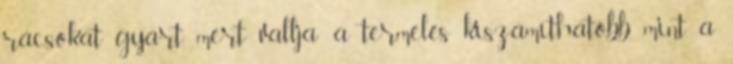
rácsokat gyárt, mert vallja: a termelés kiszámíthatóbb, mint a